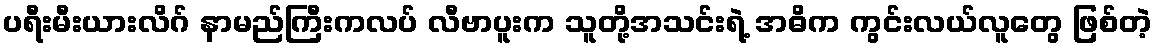
ပရီးမီးယားလိဂ် နာမည်ကြီးကလပ် လီဗာပူးက သူတို့အသင်းရဲ့ အဓိက ကွင်းလယ်လူတွေ ဖြစ်တဲ့